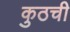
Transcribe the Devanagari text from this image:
कुठची